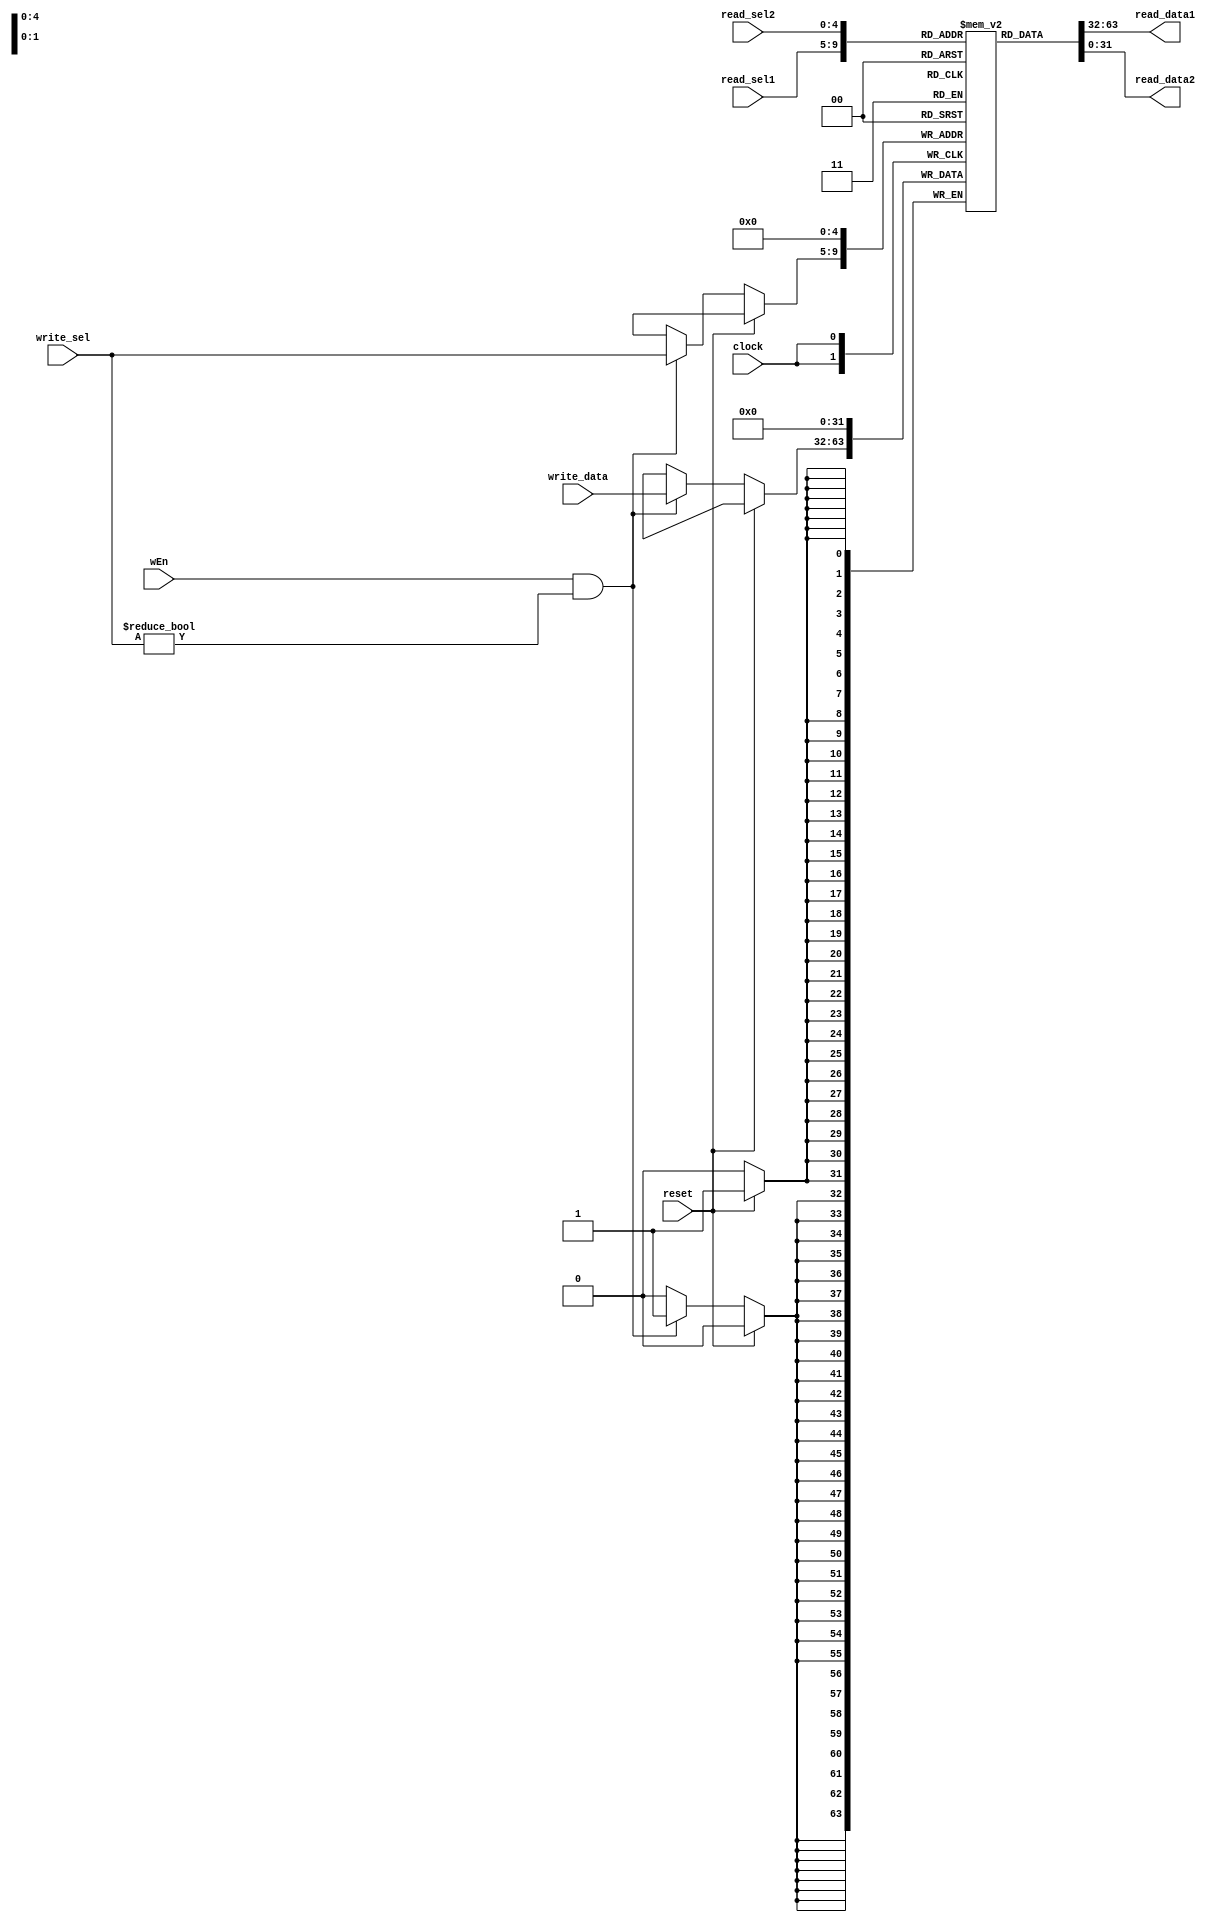
/** @module : regFile
 *  @author : Adaptive & Secure Computing Systems (ASCS) Laboratory

 *  Copyright (c) 2019 BRISC-V (ASCS/ECE/BU)
 *  Permission is hereby granted, free of charge, to any person obtaining a copy
 *  of this software and associated documentation files (the "Software"), to deal
 *  in the Software without restriction, including without limitation the rights
 *  to use, copy, modify, merge, publish, distribute, sublicense, and/or sell
 *  copies of the Software, and to permit persons to whom the Software is
 *  furnished to do so, subject to the following conditions:
 *  The above copyright notice and this permission notice shall be included in
 *  all copies or substantial portions of the Software.

 *  THE SOFTWARE IS PROVIDED "AS IS", WITHOUT WARRANTY OF ANY KIND, EXPRESS OR
 *  IMPLIED, INCLUDING BUT NOT LIMITED TO THE WARRANTIES OF MERCHANTABILITY,
 *  FITNESS FOR A PARTICULAR PURPOSE AND NONINFRINGEMENT. IN NO EVENT SHALL THE
 *  AUTHORS OR COPYRIGHT HOLDERS BE LIABLE FOR ANY CLAIM, DAMAGES OR OTHER
 *  LIABILITY, WHETHER IN AN ACTION OF CONTRACT, TORT OR OTHERWISE, ARISING FROM,
 *  OUT OF OR IN CONNECTION WITH THE SOFTWARE OR THE USE OR OTHER DEALINGS IN
 *  THE SOFTWARE.
 */

// Parameterized register file
module regFile #(
  parameter REG_DATA_WIDTH = 32,
  parameter REG_SEL_BITS = 5
) (
  input clock,
  input reset,
  input wEn,
  input [REG_DATA_WIDTH-1:0] write_data,
  input [REG_SEL_BITS-1:0] read_sel1,
  input [REG_SEL_BITS-1:0] read_sel2,
  input [REG_SEL_BITS-1:0] write_sel,
  output[REG_DATA_WIDTH-1:0] read_data1,
  output[REG_DATA_WIDTH-1:0] read_data2
);

(* ram_style = "distributed" *)
reg [REG_DATA_WIDTH-1:0] register_file[0:(1<<REG_SEL_BITS)-1];

always @(posedge clock)
  if(reset==1)
    register_file[0] <= 0;
  else
    if (wEn & write_sel != 0) register_file[write_sel] <= write_data;

//----------------------------------------------------
// Drive the outputs
//----------------------------------------------------
assign  read_data1 = register_file[read_sel1];
assign  read_data2 = register_file[read_sel2];

endmodule